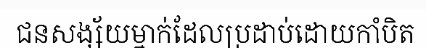
ជនសង្ស័យម្នាក់ដែលប្រដាប់ដោយកាំបិត